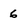
Character: 6